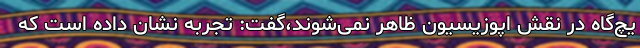
یچ‌گاه در نقش اپوزیسیون ظاهر نمی‌شوند،گفت: تجربه نشان داده است که